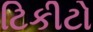
ટિકીટો